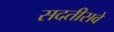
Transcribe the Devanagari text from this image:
सदतीसवे